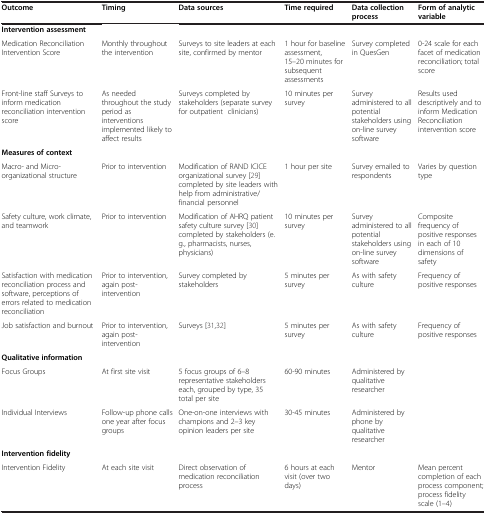
<table><thead><tr><td><b>Outcome</b></td><td><b>Timing</b></td><td><b>Data sources</b></td><td><b>Time required</b></td><td><b>Data collection process</b></td><td><b>Form of analytic variable</b></td></tr></thead><tbody><tr><td colspan="6"><b>Intervention assessment</b></td></tr><tr><td>Medication Reconciliation Intervention Score</td><td>Monthly throughout the intervention</td><td>Surveys to site leaders at each site, confirmed by mentor</td><td>1 hour for baseline assessment, 15–20 minutes for subsequent assessments</td><td>Survey completed in QuesGen</td><td>0-24 scale for each facet of medication reconciliation; total score</td></tr><tr><td>Front-line staff Surveys to inform medication reconciliation intervention score</td><td>As needed throughout the study period as interventions implemented likely to affect results</td><td>Surveys completed by stakeholders (separate survey for outpatient clinicians)</td><td>10 minutes per survey</td><td>Survey administered to all potential stakeholders using on-line survey software</td><td>Results used descriptively and to inform Medication Reconciliation intervention score</td></tr><tr><td colspan="6"><b>Measures of context</b></td></tr><tr><td>Macro- and Micro-organizational structure</td><td>Prior to intervention</td><td>Modification of RAND ICICE organizational survey [29] completed by site leaders with help from administrative/financial personnel</td><td>1 hour per site</td><td>Survey emailed to respondents</td><td>Varies by question type</td></tr><tr><td>Safety culture, work climate, and teamwork</td><td>Prior to intervention</td><td>Modification of AHRQ patient safety culture survey [30] completed by stakeholders (e.g., pharmacists, nurses, physicians)</td><td>10 minutes per survey</td><td>Survey administered to all potential stakeholders using on-line survey software</td><td>Composite frequency of positive responses in each of 10 dimensions of safety</td></tr><tr><td>Satisfaction with medication reconciliation process and software, perceptions of errors related to medication reconciliation</td><td>Prior to intervention, again post-intervention</td><td>Survey completed by stakeholders</td><td>5 minutes per survey</td><td>As with safety culture</td><td>Frequency of positive responses</td></tr><tr><td>Job satisfaction and burnout</td><td>Prior to intervention, again post-intervention</td><td>Surveys [31,32]</td><td>5 minutes per survey</td><td>As with safety culture</td><td>Frequency of positive responses</td></tr><tr><td colspan="6"><b>Qualitative information</b></td></tr><tr><td>Focus Groups</td><td>At first site visit</td><td>5 focus groups of 6–8 representative stakeholders each, grouped by type, 35 total per site</td><td>60-90 minutes</td><td>Administered by qualitative researcher</td><td> </td></tr><tr><td>Individual Interviews</td><td>Follow-up phone calls one year after focus groups</td><td>One-on-one interviews with champions and 2–3 key opinion leaders per site</td><td>30-45 minutes</td><td>Administered by phone by qualitative researcher</td><td> </td></tr><tr><td colspan="6"><b>Intervention fidelity</b></td></tr><tr><td>Intervention Fidelity</td><td>At each site visit</td><td>Direct observation of medication reconciliation process</td><td>6 hours at each visit (over two days)</td><td>Mentor</td><td>Mean percent completion of each process component; process fidelity scale (1–4)</td></tr></tbody></table>